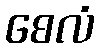
စေလံ